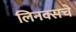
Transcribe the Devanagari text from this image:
लिनक्सचे